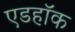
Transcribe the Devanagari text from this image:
एडहॉक